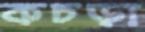
কচড়া